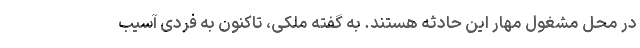
در محل مشغول مهار این حادثه هستند. به گفته ملکی، تاکنون به فردی آسیب